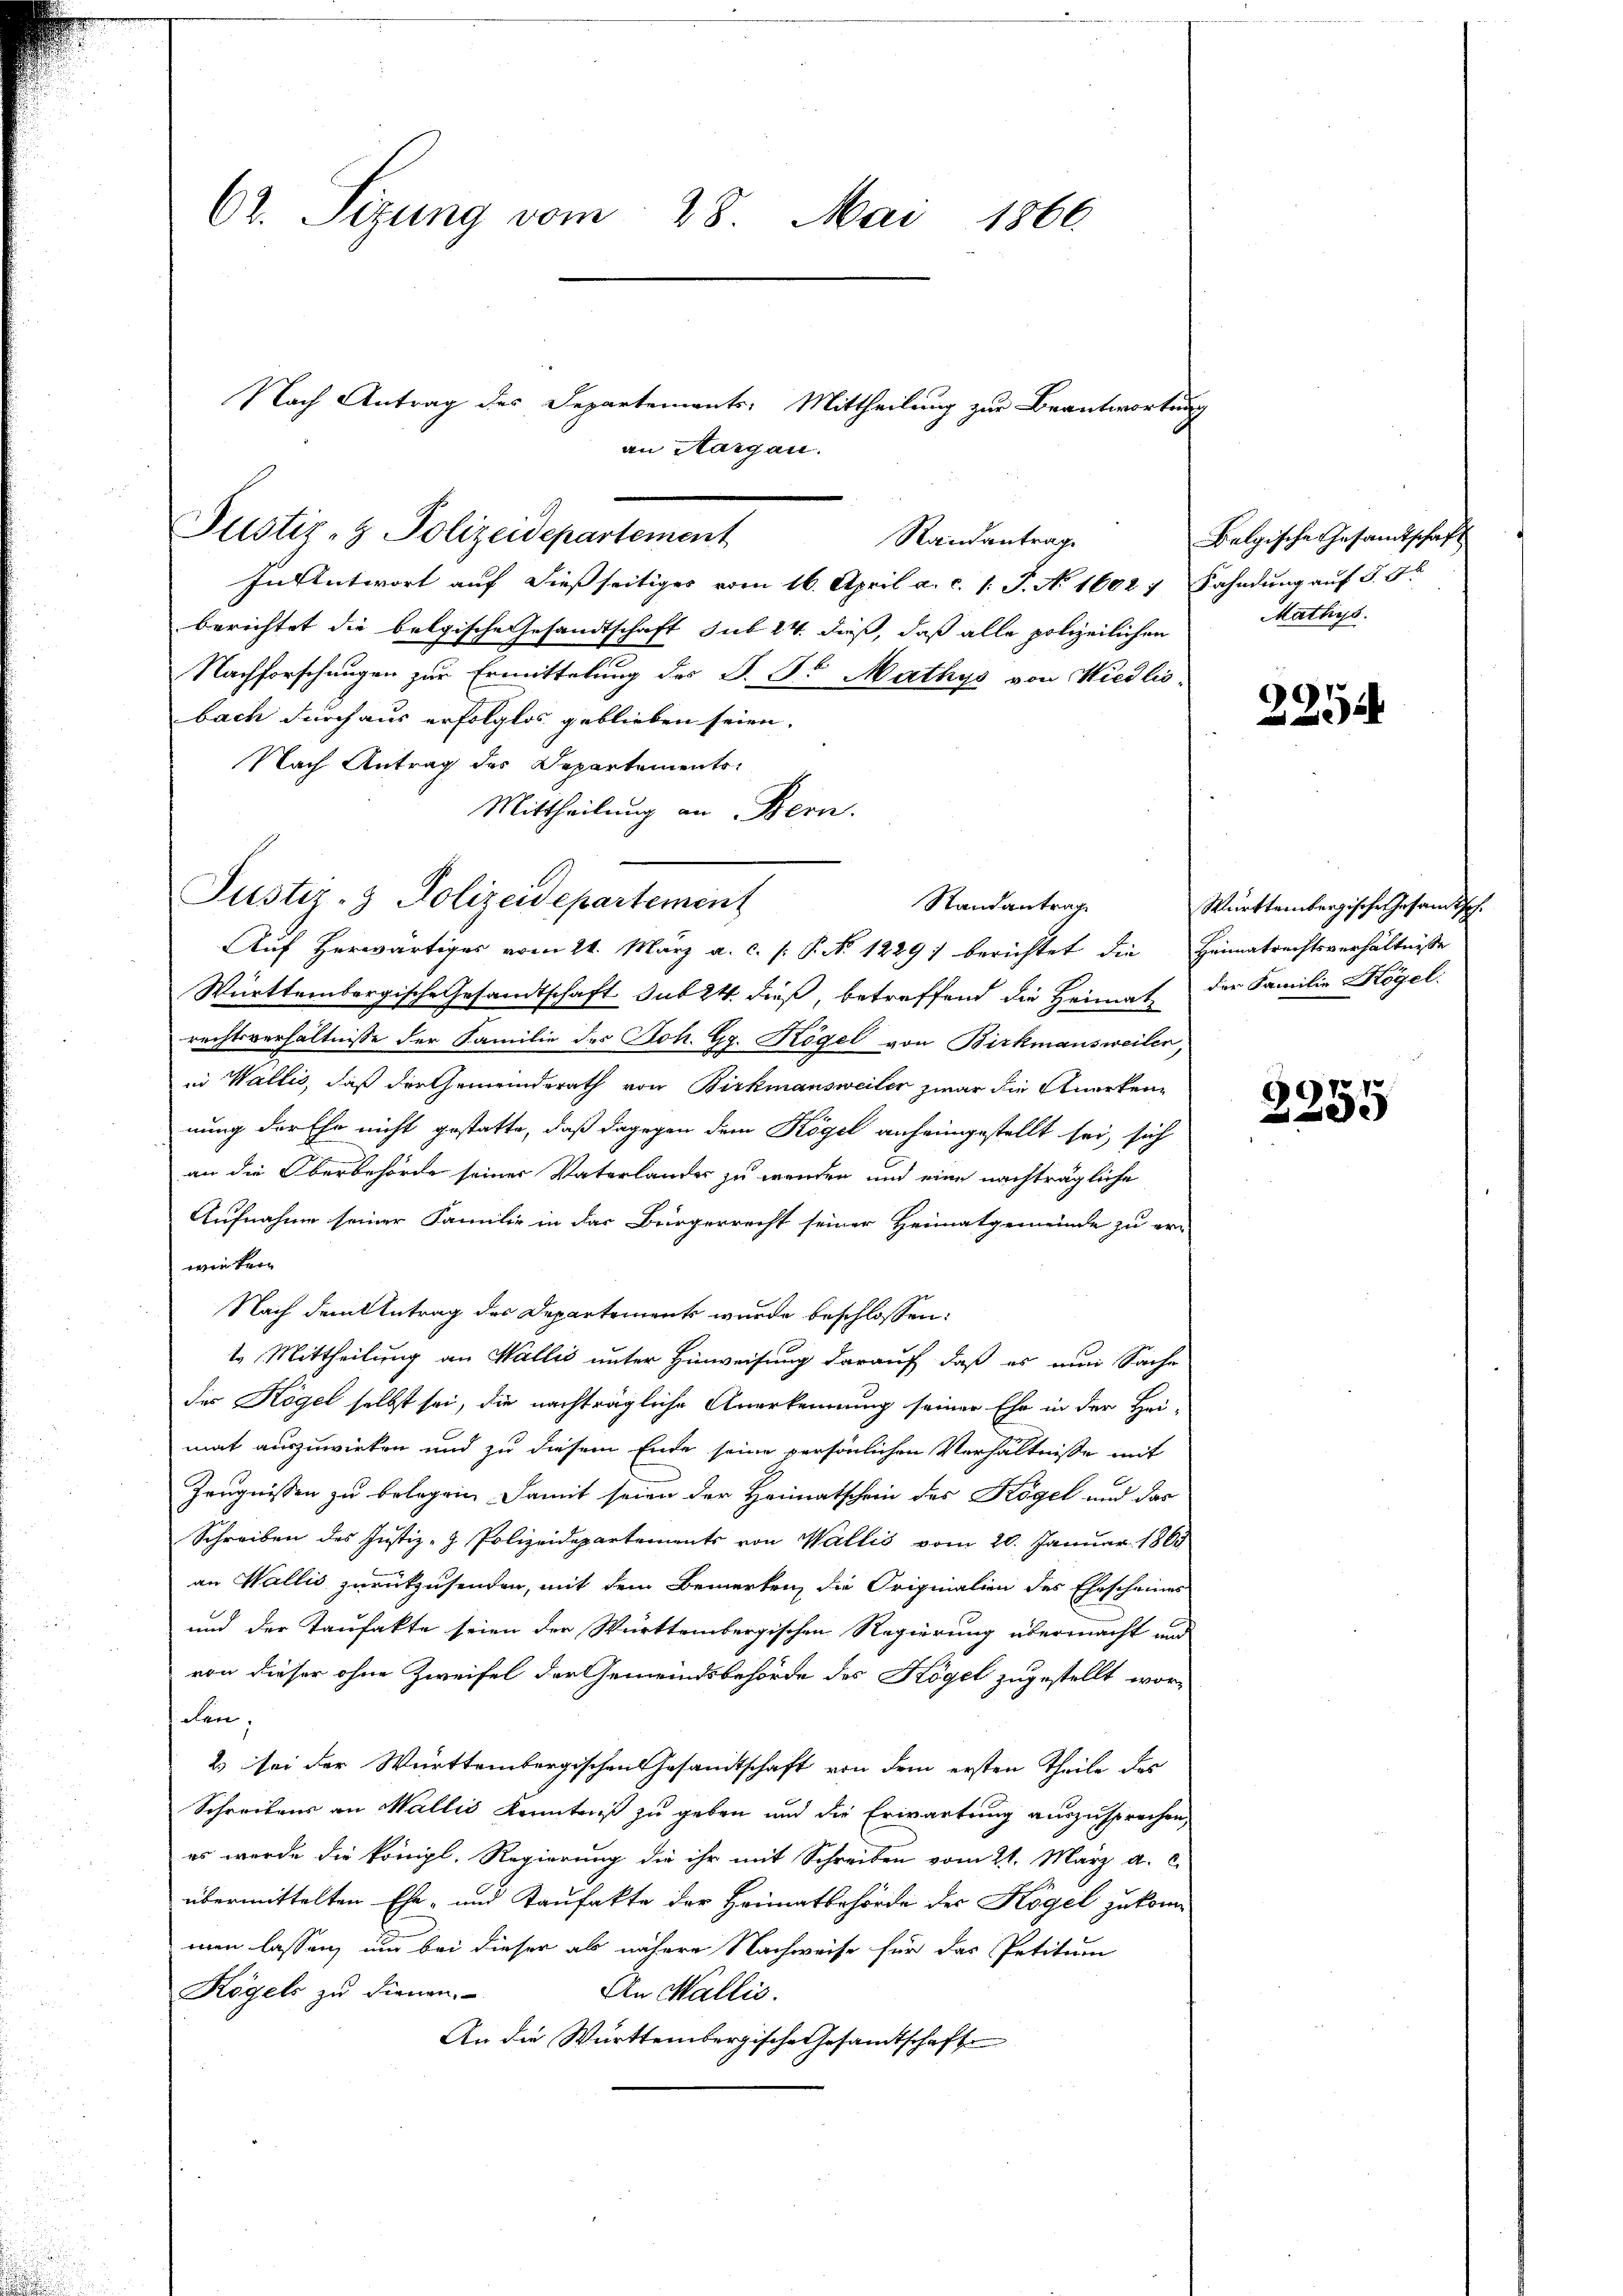
62. Sizung vom 28. Mai 1866

Pustiz- & Polizeidepartement
Randantrage

In Antwort auf dießseitiges vom 16. April a. c. 1: P. N. 1602 7 Fahndung auf §. 5
berichtet die belgische Gesandtschaft sub 24. dieß, daß alle polizeilichen
Nachforschungen zur Ermittelung des P. Dr Mathys von Kiedlis
bach durch aus erfolglos geblieben seien. |
Nach Antrag des Departements
Mittheilung an Bern.
Auf herwärtiges vom 21. März a. c. /: P. Nr. 1229) berichtet die Heimatrechtsverhältnisse
Württembergische Gesandtschaft sub 24 dieß, betreffend die Heimat
rechtsverhältnisse der Familie des Joh. G. Kögel von Birkmausweiler,
in Wallis, daß der Gemeindsrath von Birkmansweiler zwar die Anerkennung der Ehe nicht gestatte, daß dagegen dem Kögel anfeingestellt sei, sich
an die Oberbehörde seiner Vaterlander zu wenden und eine nachträgliche
Aufnahme seiner Familie in der Bürgerrecht seiner Heimatgemeinde zu er-
wirkern
Nach dem Antrag des Departements wurde beschlossen:
t. Mittheilung an Wallis unter Hinweisung darauf, daß es an Sache
des Kögel selbst sei, die nachträgliche Anerkennung seiner Ehe in der Hei-
mat auszuwirken und zu diesem Ende seine persönlichen Verhältnisse mit
Zeugnissen zu belegen, damit seien der Heimatschein des Kögel und das
Schreiben des Justiz- & Polizeidepartements von Wallis vom 20. Januar 1863
an Wallis zurückzusenden, mit dem Bemerken die Originalien des Ehescheines
und der Taufakte seien der Württembergischen Regierung übermacht und
von dieser ohne Zweifel der Gemeindsbehörde des Högel zugestellt wor-
den.
2) sei der Württembergischen Gesamtschaft von dem ersten Theile des
Schreibens an Wallis Kenntniß zu geben und die Erwartung auszusprechen,
es werde die königl. Regierung die ihr mit Schreiben vom 21. März a. c.
übermittelten Ehe- und Taufakte der Heimatbehörde des Kögel zukommen lassen, und bei dieser als nähere Nachweise für das Petitum
Kögels zu dienen.
An Wallis.
An die Württembergische Gesandtschafte

Nach Antrag des Departements: Mittheilung zur Beantwortung

an Aargau.

Justiz- & Polizeidepartement
Randantrag

Belgische Gesandtschaft
Mathys.

2254

Württembergische Gesandtsch.
der Familie Högel.

9971
de